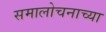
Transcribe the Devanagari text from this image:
समालोचनाच्या